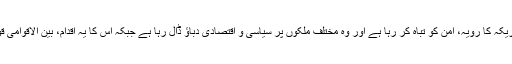
انھوں نے کہا کہ امریکہ کا رویہ، امن کو تباہ کر رہا ہے اور وہ مختلف ملکوں پر سیاسی و اقتصادی دباؤ ڈال رہا ہے جبکہ اس کا یہ اقدام، بین الاقوامی قوانین کے منافی ہے۔